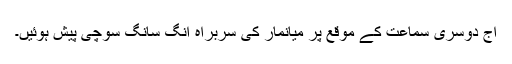
آج دوسری سماعت کے موقع پر میانمار کی سربراہ آنگ سانگ سوچی پیش ہوئیں۔